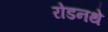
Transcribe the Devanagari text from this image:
रोडनथे